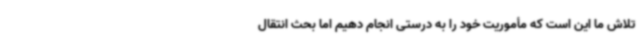
تلاش ما این است که مأموریت خود را به درستی انجام دهیم اما بحث انتقال